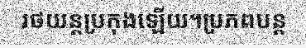
រថយន្តប្រកុងឡើយ។ប្រភពបន្ត